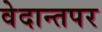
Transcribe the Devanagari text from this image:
वेदान्तपर